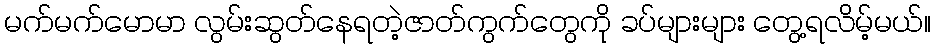
မက်မက်မောမာ လွမ်းဆွတ်နေရတဲ့ဇာတ်ကွက်တွေကို ခပ်များများ တွေ့ရလိမ့်မယ်။